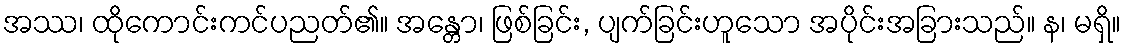
အဿ၊ ထိုကောင်းကင်ပညတ်၏။ အန္တော၊ ဖြစ်ခြင်း, ပျက်ခြင်းဟူသော အပိုင်းအခြားသည်။ န၊ မရှိ။